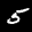
Label: 5